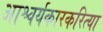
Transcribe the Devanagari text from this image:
आश्चर्यकारकरित्या